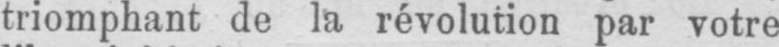
triomphant de la révolution par votre